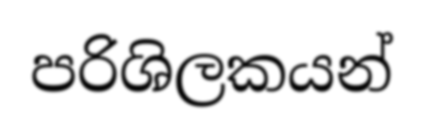
පරිශිලකයන්